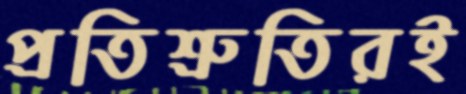
প্রতিশ্রুতিরই